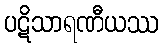
ပဋိသာရဏီယဿ